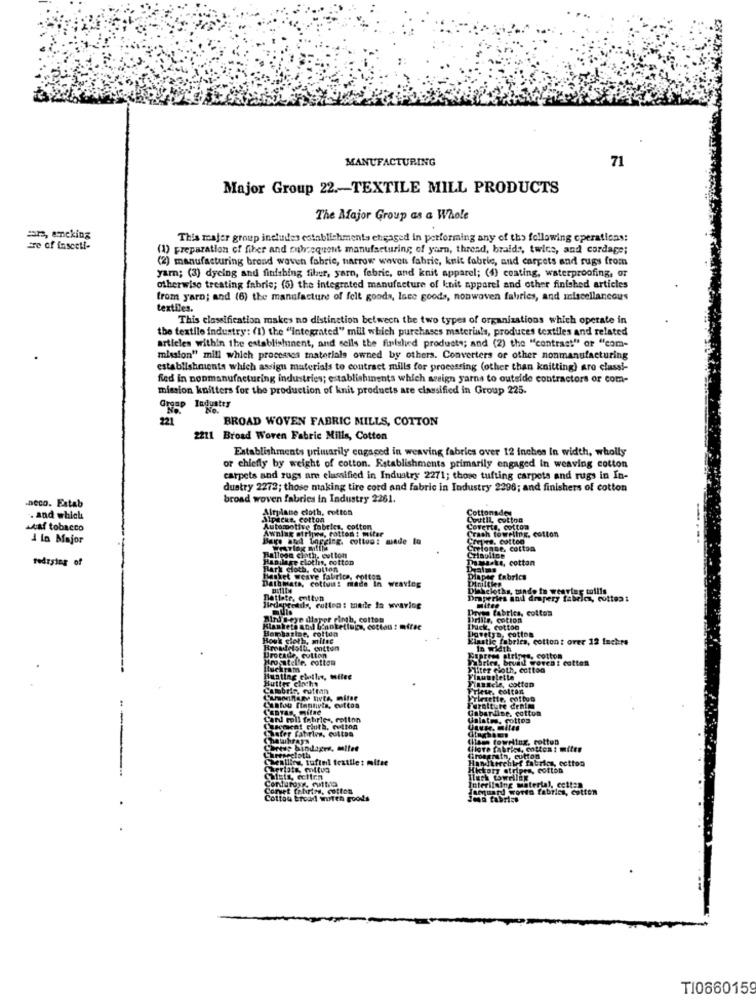
MANUFACTURING
71
Major Group 22 .- TEXTILE MILL PRODUCTS
The Major Group as a Whole
an, emneking
This majer group includes establishments engaged in performing any of the following cperaticas:
se of inscell-
(1) preparation of fiber and subsequent manufacturing of yarn, thread, braids, twice, and cordage;
(2) manufacturing brond woven fabric, narrow wwwvon fabric, knit fabric, and carpets and rugs from
yarn; (3) dyeing and finishing fiber, yarn, fabric, and knit apparel; (4) coating, waterproofing, or
otherwise treating fabrie; (5) the integrated manufacture of knit apparel and other finished articles
from yarn; and (6) the manufacture of felt goods, lace goods, nonwoven fabrics, and miscellaneous
textiles.
This classification makes no distinction between the two types of organizations which operate in
the textile industry: (1) the "integrated" mill which purchases materials, produces textiles and related
articles within the establishinent, and sells the finished products; and (2) the "contrast" or "com-
mission" mill which processes thateriale owned by others. Converters or other nonmanufacturing
establishments which assign materials to contract mills for processing (other than knitting) aro classi-
fed in nonmanufacturing industries; establishments which seign yarns to outside contractors or com-
mission knitters for the production of knit products are classified in Group 225.
BROAD WOVEN FABRIC MILLS, COTTON
2211 Broad Woren Fabric Mills, Cotton
Establishments primarily engaged in weaving fabrics over 12 inches in width, wholly
or chiefly by weight of cotton. Establishments primarily engaged In weaving cotton
carpets and rugs are classified in Industry 2271; those tufting carpets and rugs in In-
dustry 2272; those making tire cord and fabric in Industry 2296; and finishers of cotton
broad woven fabrics in Industry 2261.
-Deco. Estab
Airplane cloth, cotton
Cottonade
.. and which
SipReus, Cotton
CoutIL, cotton
MAaf tobacco
Automotive fabrics, cotton
Awning strijwes, cotton : miter
Crash toweting. cotton
Coverta, cotton
4 In Major
Bare and bnpging. cottoo: made to
Chine, cotten
Cartonne, cotton
fedrying of
Habilage cloths, cotton
Balloon clath, cotton
Imaske, cotton
Bar't cloth. cution
Dalas
Basket weave fabrica, coitos
Dathmats, cotton: made In weaving
Diaper fabrics
Diascloths, tinde in wearing tollis
Draperies and drapery fabrica, cottoa:
Mitee
Stolils, cutten: made ta wwaring
Doyes fabrics, cotton
Alru Beye dlaper rinth, cotton
Brille, cotion
Kianketa and G'anketlugs, cotton : mfrae
Bonbazine, colton
Lovetys, cotton
INck, cotton
Houk cloth, mitse
Einstie fabrics, cottont over 12 Inches
In width
Brocade, cutton
Hropatelle, cotton
Fabrics, bruil woven : cotton
Vipress stripes, cotton
Iluckram
Filter cloth, cotton
Hutter cinchy
Hunting chili, milee
Financie, cotton
Cantou flannels, evttos
Furniture denim
Gabardine, cotton
Can moll fabric , melton
Ualstes, cottos
LIcokat cloth, cotton
Cham towding, cotton
Cortus bindagrs, mitee
Chlore fabrics, cottoat mitte
Cheailing, tufiel textile : mifse
Hafterchief fabrics, ecttoo
Giroagrain, cutton
Hickory stripes, Cotton
Tüferiising material, cette»
Cont fabrics, cotton
Loquard woren fabrics, cotton
Cotton broad worth goods
2en fabrics
T10660159